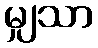
မျှသာ